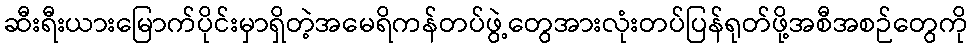
ဆီးရီးယားမြောက်ပိုင်းမှာရှိတဲ့အမေရိကန်တပ်ဖွဲ့တွေအားလုံးတပ်ပြန်ရုတ်ဖို့အစီအစဉ်တွေကို